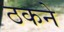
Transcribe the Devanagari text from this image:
ठकने